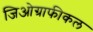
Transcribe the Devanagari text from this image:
जिओग्राफीकल